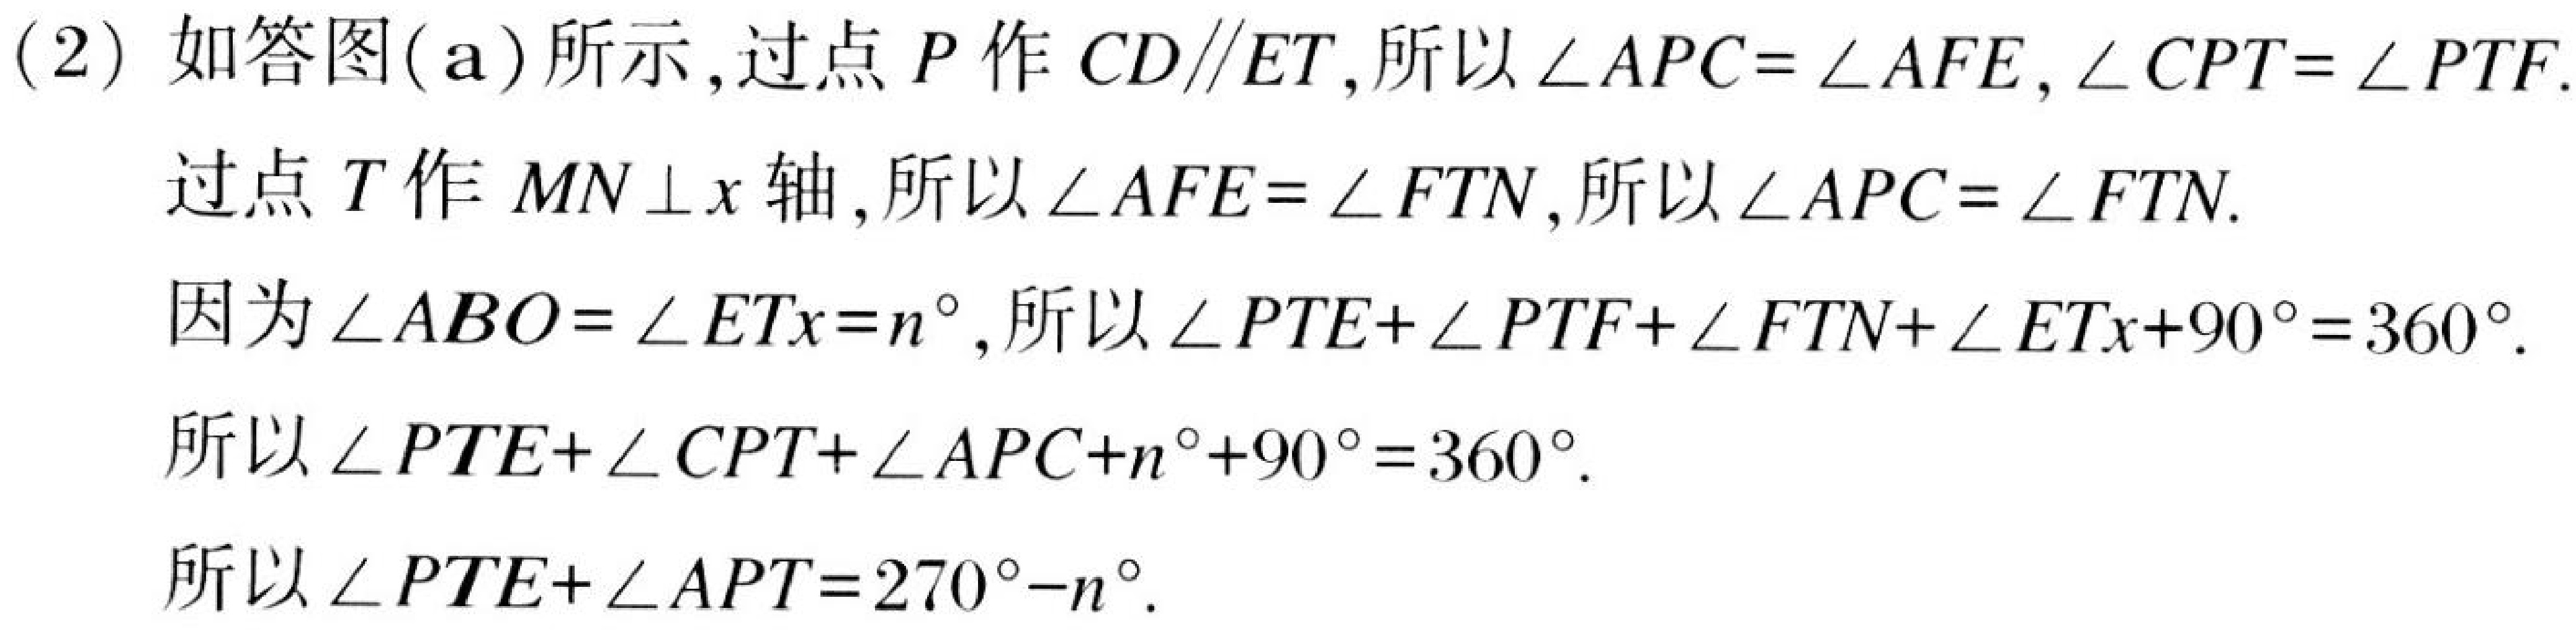
(2) 如答图(a)所示,过点 \(P\) 作 \(CD\parallel ET\),所以 \(\angle APC=\angle AFE\),\(\angle CPT=\angle PTF\).
过点 \(T\) 作 \(MN\perp x\) 轴,所以 \(\angle AFE=\angle FTN\),所以 \(\angle APC=\angle FTN\).
因为 \(\angle ABO=\angle ETx = n^{\circ}\),所以 \(\angle PTE+\angle PTF+\angle FTN+\angle ETx + 90^{\circ}=360^{\circ}\).
所以 \(\angle PTE+\angle CPT+\angle APC+n^{\circ}+90^{\circ}=360^{\circ}\).
所以 \(\angle PTE+\angle APT=270^{\circ}-n^{\circ}\).